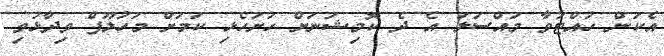
އެކަން ހުއްޓުވާ މައްސަލަ އެ ދެ ކޮމިޝަނަށް ހުށަހެޅި ކަމަށް މަހުލޫފް ވިދާޅުވި